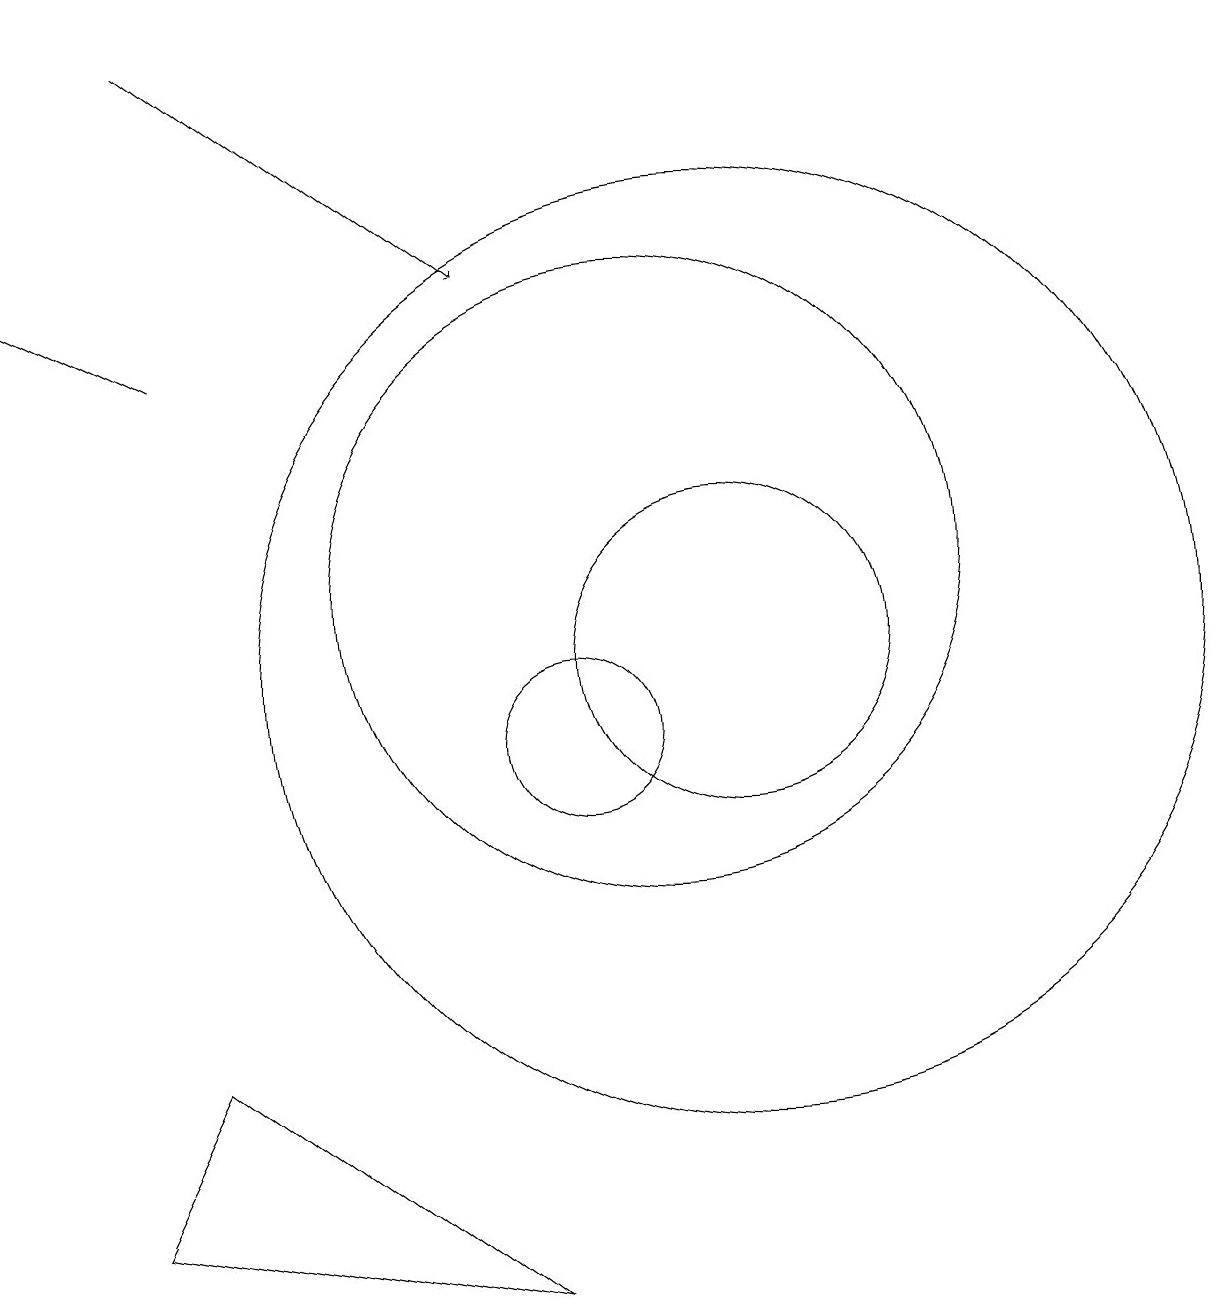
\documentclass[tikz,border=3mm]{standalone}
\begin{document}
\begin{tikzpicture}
\draw (9,3) -- (4,4) -- (5,6) -- cycle;
\draw (12,11) circle (2);
\draw (10,10) circle (1);
\draw (11,12) circle (4);
\draw[->] (5,19) -- (9,16);
\draw (12,11) circle (6);
\draw[->] (5,15) -- (3,16);
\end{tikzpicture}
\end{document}